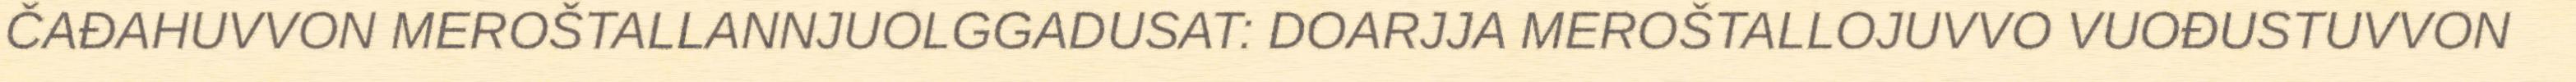
ČAĐAHUVVON MEROŠTALLANNJUOLGGADUSAT: DOARJJA MEROŠTALLOJUVVO VUOĐUSTUVVON